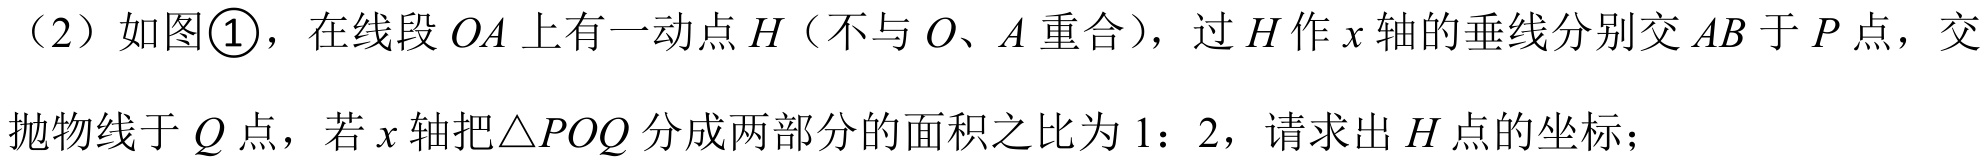
（2）如图\textcircled{1}，在线段\(OA\)上有一动点\(H\)（不与\(O、A\)重合），过\(H\)作\(x\)轴的垂线分别交\(AB\)于\(P\)点，交抛物线于\(Q\)点，若\(x\)轴把\(\triangle POQ\)分成两部分的面积之比为\(1:2\)，请求出\(H\)点的坐标；